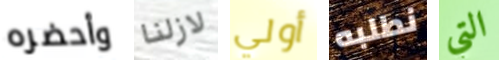
وأحضره لازلنا أولي نطلبه التي